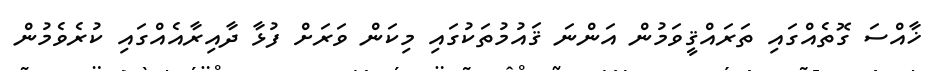
ޚާއްސަ ގޮތެއްގައި ތަރައްޤީވަމުން އަންނަ ޤައުމުތަކުގައި މިކަން ވަރަށް ފުޅާ ދާއިރާއެއްގައި ކުރެވެމުން